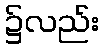
၌လည်း